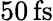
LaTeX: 50\, \mathrm{fs}